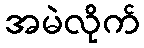
အမဲလိုက်